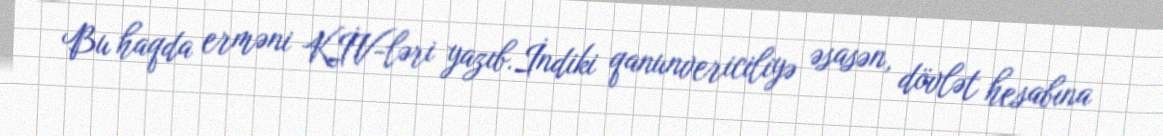
Bu haqda erməni KİV-ləri yazıb.İndiki qanunvericiliyə əsasən, dövlət hesabına